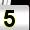
Digit: 5